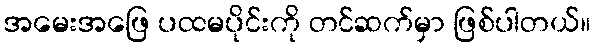
အမေးအဖြေ ပထမပိုင်းကို တင်ဆက်မှာ ဖြစ်ပါတယ်။